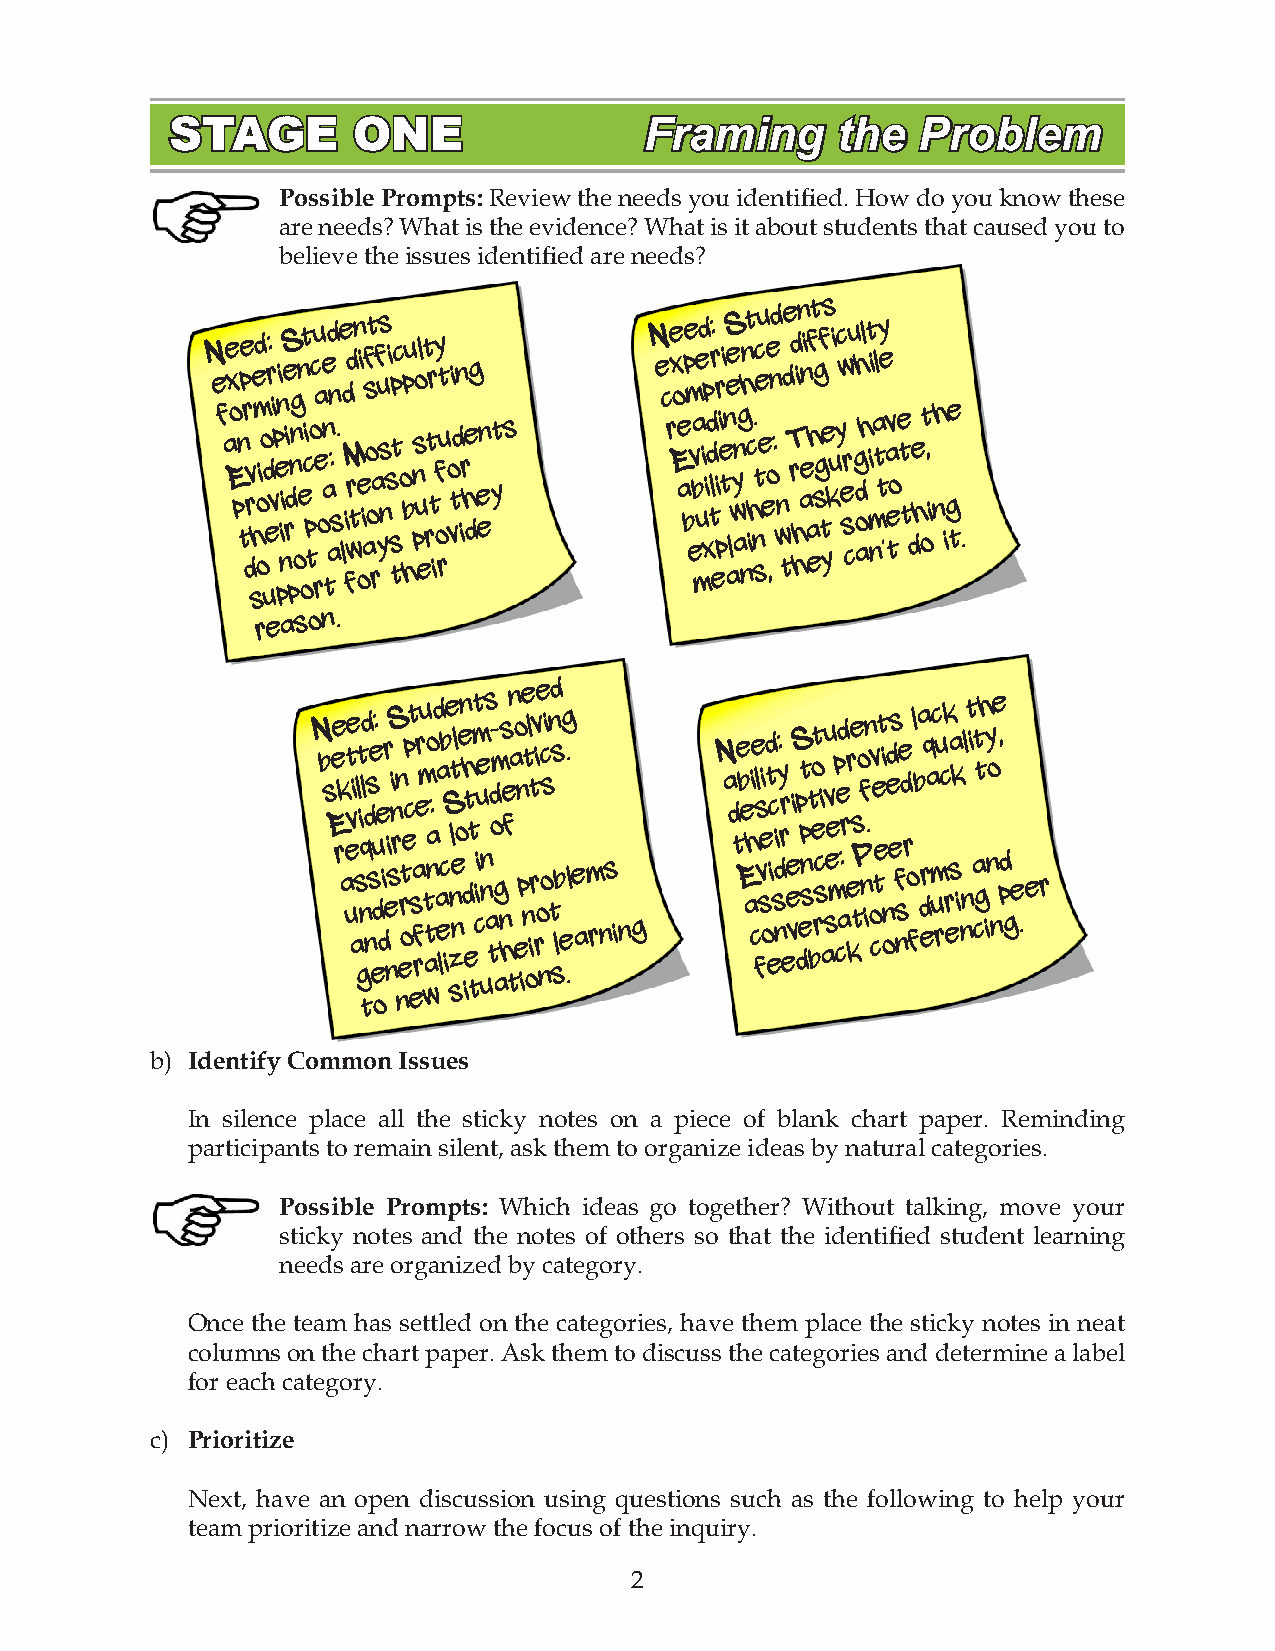
STAGE       ONE                 Framing     the   Problem
 Possible Prompts: Review the needs you identified. How do you know these
 are needs? What is the evidence? What is it about students that caused you to
 believe the issues identified are needs?
 N e f ae x Eo pn te p r drv
 s
 he md o oio d uer: v i p en pi i niS e i rd png n
 o
 n e ot ci p toc u rea o ae n td an : s . e ld M i frd wtn e oi i af s o ot raf yu ss n si s tp t c o b hp u n pso u elt r tr t iy f o rut o vi tdn ir he dg e en y ts N e c re x Eo ae be p m ev ba me ud i xp id d tlr: eir pi e t i nS aee lwy ang nhn t c h i. n sc te u e ee o ,nd : wn tde T r d h hin aeni ah eft sg gf te ys k ui y c w e sr cu gh d aohlt i mi na tl ty e ’av e to e t t de h ot , i nh ige t.
 reason.
 N b s Eee rk
 a
 uete v ai
 s
 glt i nqd tl d ns se edu o: e
 d
 ir
 e
 ni sS i n r n
 ner
 otecpt
 esa
 rfer mu
 t
 watno a:d aa
 e
 lcb iSe
 zn
 st l nel oen h
 d
 i
 et t tmt ciiue
 n
 uns
 a
 t– d om
 g
 a
 n
 hs e fn
 t
 a o
 e
 n
 p
 ie nt ol irtv rie
 o
 nc osi n td s
 sb
 l e
 g .
 .l e
 a
 m rns in g
 N a d te b Ee ah cie s fl
 v
 sei od t eic sdi ny: rr
 e
 ee v
 iS dp et p snt bo et
 rc
 si asu v ee mp ced a:r er ke s tPo f
 n
 in .
 o
 v ce tet i
 on
 ed es
 f
 nse d r
 o
 f
 l b a
 dr
 eq a
 m
 uc ru ck
 r
 esa k
 i nn
 l t i
 a
 ct gth iy no ne ,
 pd g e . er
 b) Identify Common Issues
 In silence place all the sticky notes on a piece of blank chart paper. Reminding
 participants to remain silent, ask them to organize ideas by natural categories.
 Possible Prompts: Which ideas go together? Without talking, move your
 sticky notes and the notes of others so that the identified student learning
 needs are organized by category.
 Once the team has settled on the categories, have them place the sticky notes in neat
 columns on the chart paper. Ask them to discuss the categories and determine a label
 for each category.
 c) Prioritize
 Next, have an open discussion using questions such as the following to help your
 team prioritize and narrow the focus of the inquiry.
 